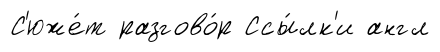
С'юже́т разгово́р Ссы́лк'и англ